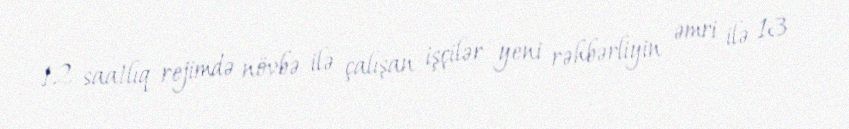
12 saatlıq rejimdə növbə ilə çalışan işçilər yeni rəhbərliyin əmri ilə 13